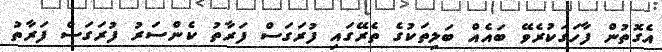
އެގޮތުން ފާހަގަކުރެވޭ ބައެއް ބަލިތަކުގެ ތެރޭގައި ފުރަގަސް ފަރާތު ކެންސަރު ފުރަގަސް ފަރާތު